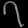
Digit: ၇